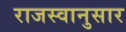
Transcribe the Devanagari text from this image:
राजस्वानुसार